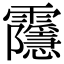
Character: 䨸